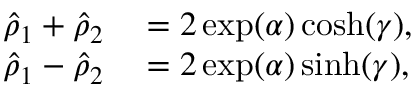
\begin{array} { r l } { \hat { \rho } _ { 1 } + \hat { \rho } _ { 2 } } & { { } = 2 \exp ( \alpha ) \cosh ( \gamma ) , } \\ { \hat { \rho } _ { 1 } - \hat { \rho } _ { 2 } } & { { } = 2 \exp ( \alpha ) \sinh ( \gamma ) , } \end{array}